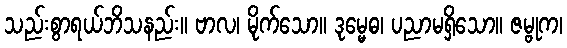
သည်းစွာရယ်ဘိသနည်း။ ဗာလ၊ မိုက်သော။ ဒုမ္မေဓ၊ ပညာမရှိသော။ ဇမ္ဗုက၊